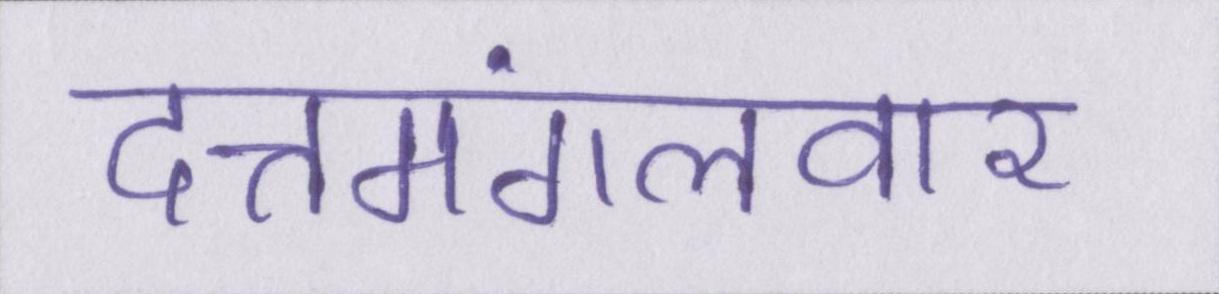
दत्तमंगलवार